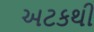
અટકથી